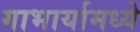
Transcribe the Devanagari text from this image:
गाभार्यामध्ये